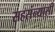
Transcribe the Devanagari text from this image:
सहसंन्यासी